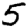
Digit: 5